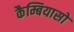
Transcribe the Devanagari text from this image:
कैम्बियासो